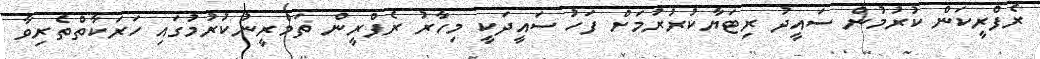
ރެފްރީކަން ކުރުމުން ސައީދު ރިޓަޔާކުރުރުމަށް ފަހު ސައީދަކީ މިހާރު ރެފްރީން ތަމްރީނުކުރުމުގައި ހަރަކާތްތެރިވާ